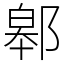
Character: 䣗